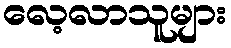
လေ့လာသူများ